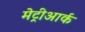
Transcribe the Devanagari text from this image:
मेट्रीआर्क